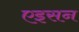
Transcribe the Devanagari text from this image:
एइसन